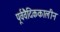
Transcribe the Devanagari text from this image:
पूर्ववैदिककालीन